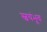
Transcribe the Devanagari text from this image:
स्वयंभूव